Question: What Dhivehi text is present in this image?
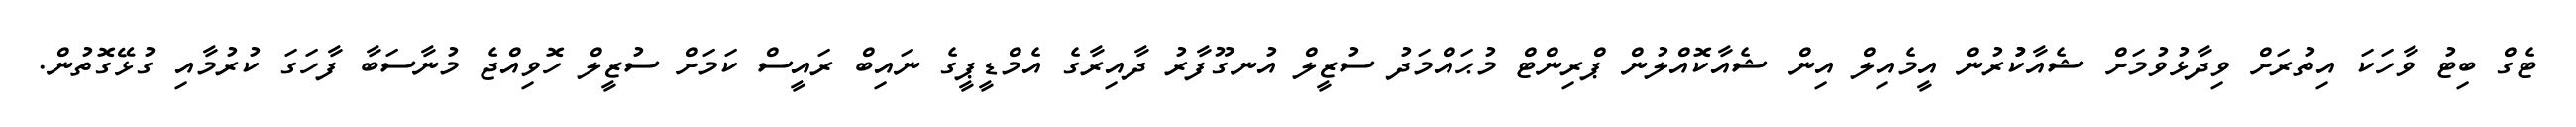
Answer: ޓެގް ބިޓު ވާހަކަ އިތުރަށް ވިދާޅުވުމަށް ޝެއާކުުރުން އީމެއިލް އިން ޝެއާކޮއްލުން ޕްރިންޓް މުޙައްމަދު ސުޒީލް އުނގޫފާރު ދާއިރާގެ އެމްޑީޕީގެ ނައިބް ރައީސް ކަމަށް ސުޒީލް ހޮވިއްޖެ މުނާސަބާ ފާހަގަ ކުރުމާއި ގުޅޭގޮތުން.